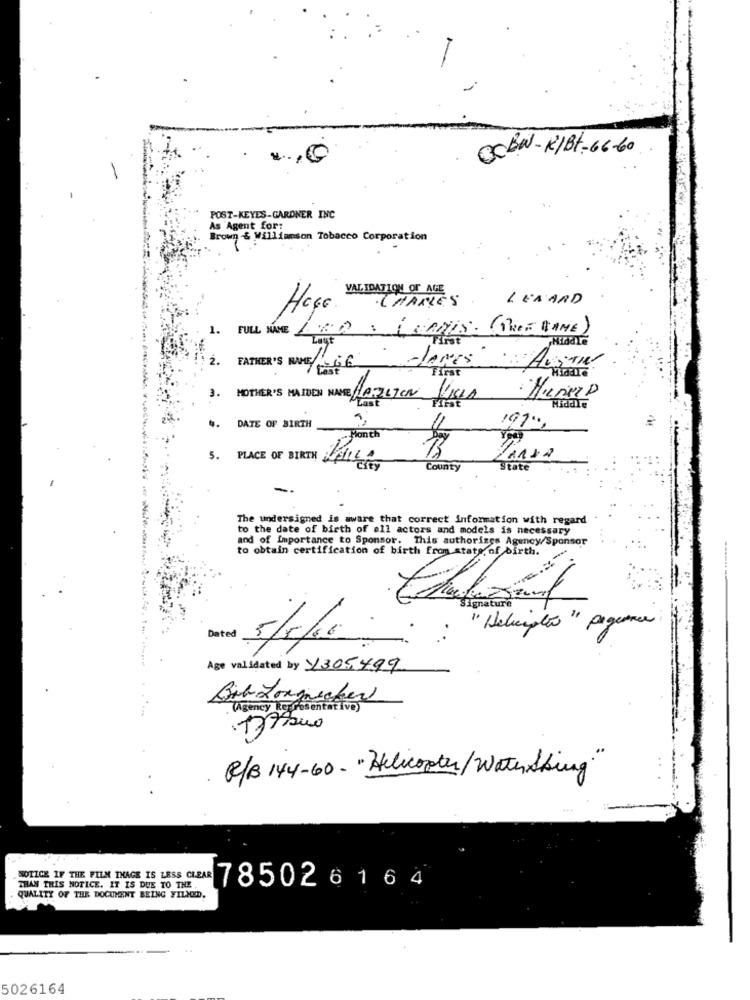
OCBW-KIBt-66-60
POST-KEYES-GARDNER INC
As Agent for:
Brown & Williamson Tobacco Corporation
VALIDATION OF AGE
CHARLES
LENARD
Haço.
1.
FULL NAME
Lagt
2.
clones
FATHER'S NAME
Firat
3. MOTHER'S MAIDEN NAME HAFITON
Middle
DATE OF BIRTH
197".
Fonth
5. PLACE OF BIRTH TILL.
PARSA
Count
State
The undersigned is aware that correct information with regard
to the date of birth of all actors and models is necessary
and of Importance to Sponsor. This authorizes Agency/Sponsor
to obtain certification of birth from state, of birth.
Signature
"Deliciatio " Pagence
Dated
Age validated by 7305499
Bib Longasaber
(Agency Representa
R/B 144-60- "Helicopter/WaterSking"
THAN THIS NOTICE. IT IS DUE TO THE .
785026164
QUALITY OF THE DOCUMENT BEING YILMED.
5026164